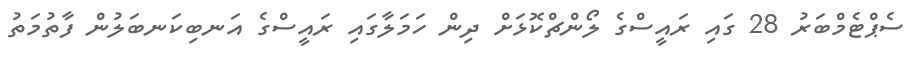
ސެޕްޓެމްބަރު 28 ގައި ރައީސްގެ ލޯންޗްކޮޅަށް ދިން ހަމަލާގައި ރައީސްގެ އަނބިކަނބަލުން ފާތުމަތު